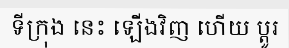
ទីក្រុង នេះ ឡើងវិញ ហើយ ប្តូរ